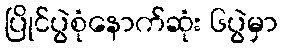
ပြိုင်ပွဲစုံနောက်ဆုံး ၆ပွဲမှာ